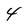
Character: 4